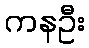
ကနဦး